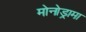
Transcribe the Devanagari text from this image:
मोनोड्रामा